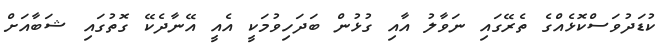
ކުޑަދުވަސްކޮޅެއްގެ ތެރޭގައި ނަވާލު އާއި ގުޅުން ބަދަހިވުމަކީ އެއީ އޭނާދެކޭ ގޮތުގައި ޝަބާއަށް